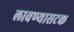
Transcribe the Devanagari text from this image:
लावण्यासटक